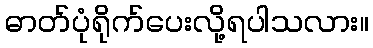
ဓာတ်ပုံရိုက်ပေးလို့ရပါသလား။